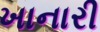
ખાનારી